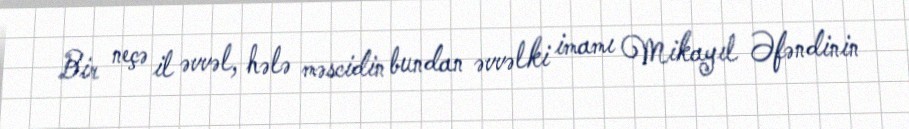
Bir neçə il əvvəl, hələ məscidin bundan əvvəlki imamı Mikayıl Əfəndinin